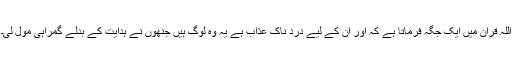
اللہ قرآن میں ایک جگہ فرماتا ہے کہ اور ان کے لیے درد ناک عذاب ہے یہ وہ لوگ ہیں جنھوں نے ہدایت کے بدلے گمراہی مول لی۔